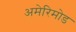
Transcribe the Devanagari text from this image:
अमेरिमोड